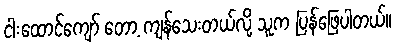
ငါးထောင်ကျော် တော့ ကျန်သေးတယ်လို့ သူက ပြန်ဖြေပါတယ်။